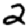
Digit: 2